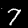
Label: 7